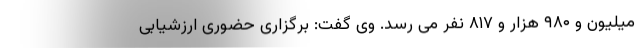
میلیون و ۹۸۰ هزار و ۸۱۷ نفر می رسد. وی گفت:‌ برگزاری حضوری ارزشیابی